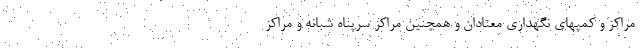
مراکز و کمپهای نگهداری معتادان و همچنین مراکز سرپناه شبانه و مراکز